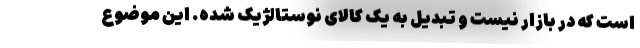
است که در بازار نیست و تبدیل به یک کالای نوستالژیک شده. این موضوع